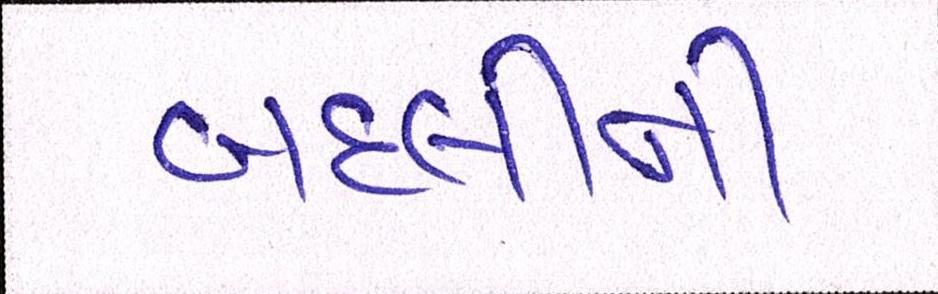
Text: બદલીની